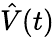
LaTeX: \hat{V}(t)